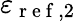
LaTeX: \varepsilon_{\mathrm{~r~e~f~},2}